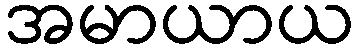
အမာယာယ